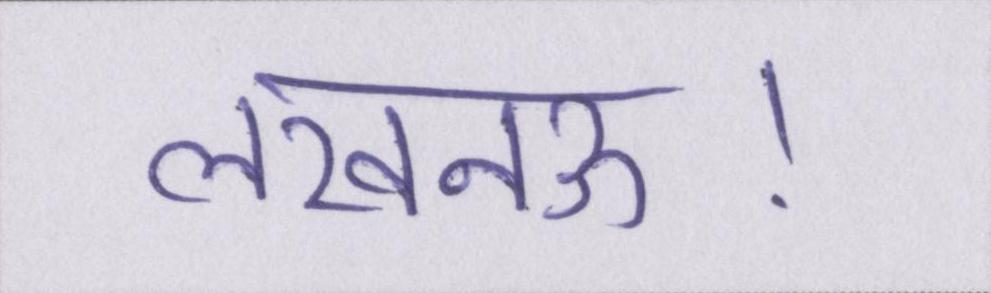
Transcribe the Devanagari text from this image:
लखनऊ।